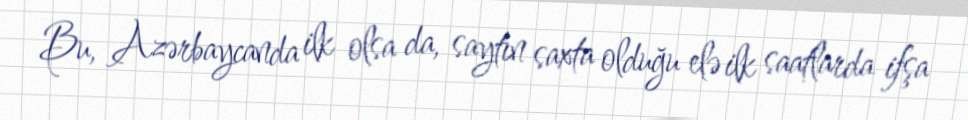
Bu, Azərbaycanda ilk olsa da, saytın saxta olduğu elə ilk saatlarda ifşa